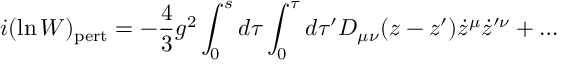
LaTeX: i ( \ln W ) _ { \mathrm { p e r t } } = - { \frac { 4 } { 3 } } g ^ { 2 } \int _ { 0 } ^ { s } d \tau \int _ { 0 } ^ { \tau } d \tau ^ { \prime } D _ { \mu \nu } ( z - z ^ { \prime } ) \dot { z } ^ { \mu } \dot { z } ^ { \prime \nu } + \dots